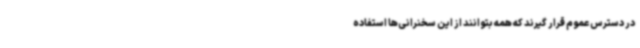
در دسترس عموم قرار گیرند که همه بتوانند از این سخنرانی‌ها استفاده